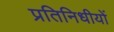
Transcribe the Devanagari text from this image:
प्रतिनिधीयों